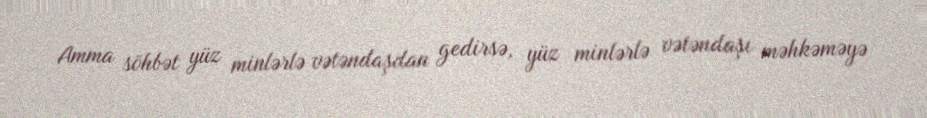
Amma söhbət yüz minlərlə vətəndaşdan gedirsə, yüz minlərlə vətəndaşı məhkəməyə